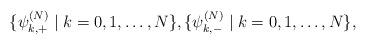
LaTeX: \begin{align*} \{\psi_{k,+}^{(N)}\;\rvert \; k=0,1,\ldots,N\},\{\psi_{k,-}^{(N)}\;\rvert \; k=0,1,\ldots,N\},\end{align*}